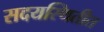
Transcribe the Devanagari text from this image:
सदयस्थितीत